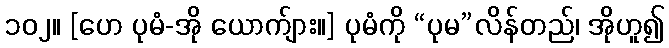
၁၀၂။ [ဟေ ပုမံ-အို ယောက်ျား။] ပုမံကို “ပုမ”လိန်တည်၊ အိုဟူ၍